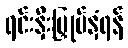
ရင်းနှီးမြှုပ်နှံရန်